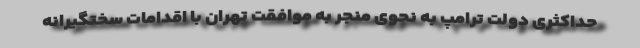
حداکثری دولت ترامپ به نحوی منجر به موافقت تهران با اقدامات سختگیرانه